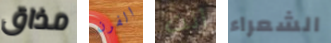
مذاق الفرن أنت الشعراء